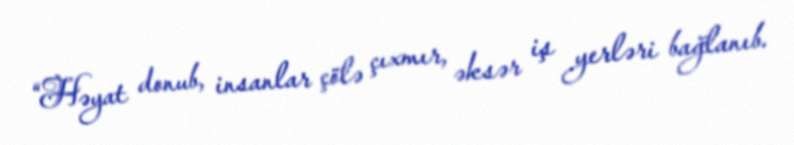
“Həyat donub, insanlar çölə çıxmır, əksər iş yerləri bağlanıb.